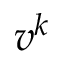
v ^ { k }